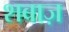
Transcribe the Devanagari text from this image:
शबाज़